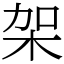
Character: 架